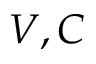
V , C